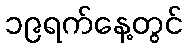
၁၉ရက်နေ့တွင်